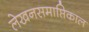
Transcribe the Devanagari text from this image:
लेखनसमाप्तिकाल